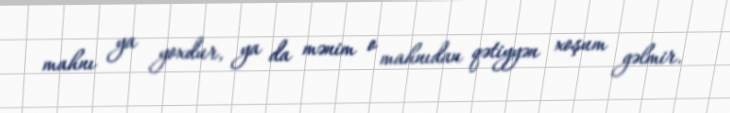
mahnı ya yoxdur, ya da mənim o mahnıdan qətiyyən xoşum gəlmir.